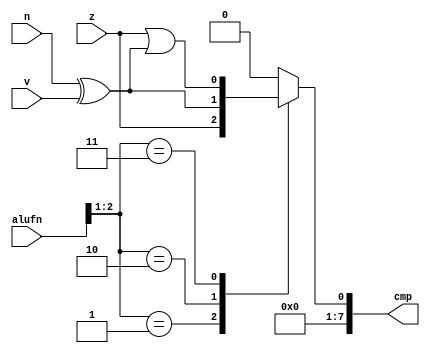
module comparator_9 (
    input [5:0] alufn,
    input z,
    input v,
    input n,
    output reg [7:0] cmp
  );
  
  
  
  reg cmp1;
  
  always @* begin
    
    case (alufn[1+1-:2])
      2'h1: begin
        cmp1 = z;
      end
      2'h2: begin
        cmp1 = n ^ v;
      end
      2'h3: begin
        cmp1 = z | (n ^ v);
      end
      default: begin
        cmp1 = 1'h0;
      end
    endcase
    cmp[0+0-:1] = cmp1;
    cmp[1+6-:7] = 7'h00;
  end
endmodule